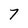
Character: 7